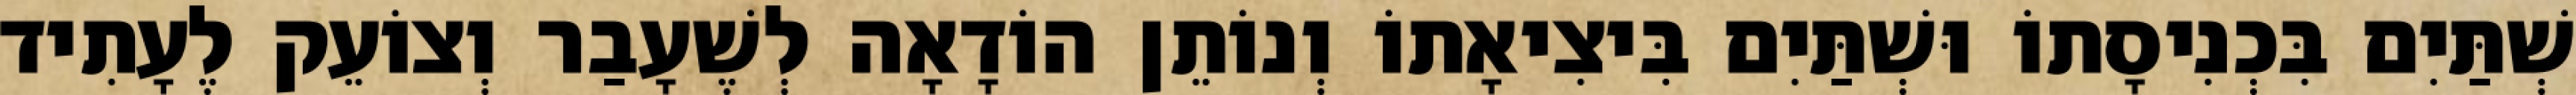
שְׁתַּיִם בִּכְנִיסָתוֹ וּשְׁתַּיִם בִּיצִיאָתוֹ וְנוֹתֵן הוֹדָאָה לְשֶׁעָבַר וְצוֹעֵק לֶעָתִיד